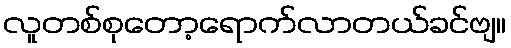
လူတစ်စုတော့ရောက်လာတယ်ခင်ဗျ။